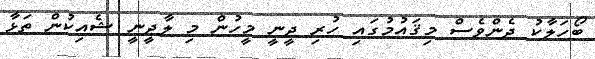
ބޯހަލާކު ދެންވެސް މިޤައުމުގައި ހުރި ދީނީ މީހުން މި ލާދީނީ ޝެއިކުން ތަޅާ